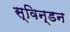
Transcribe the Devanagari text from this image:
स्विन्डन